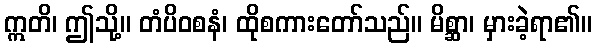
ဣတိ၊ ဤသို့။ တံပိဝစနံ၊ ထိုစကားတော်သည်။ မိစ္ဆာ၊ မှားခဲ့ရာ၏။